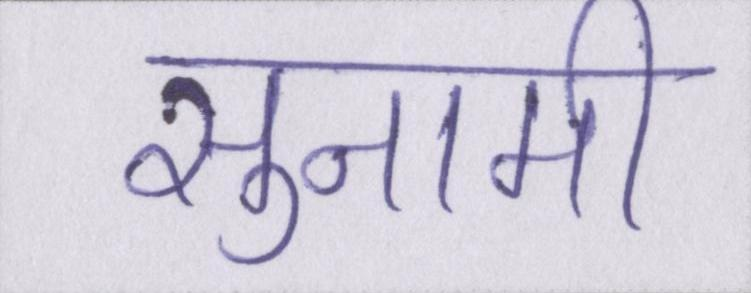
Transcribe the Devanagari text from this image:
सुनामी